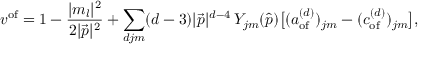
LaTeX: v ^ { \mathrm { o f } } = 1 - { \frac { | m _ { l } | ^ { 2 } } { 2 | { \vec { p } } | ^ { 2 } } } + \sum _ { d j m } ( d - 3 ) | { \vec { p } } | ^ { d - 4 } \, Y _ { j m } ( { \hat { p } } ) { \big [ } ( a _ { \mathrm { o f } } ^ { ( d ) } ) _ { j m } - ( c _ { \mathrm { o f } } ^ { ( d ) } ) _ { j m } { \big ] } ,